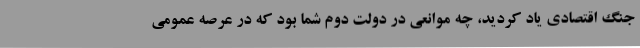
جنگ اقتصادی یاد کردید، چه موانعی در دولت دوم شما بود که در عرصه عمومی